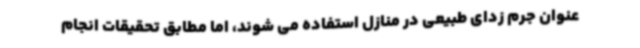
عنوان جرم زدای طبیعی در منازل استفاده می شوند، اما مطابق تحقیقات انجام